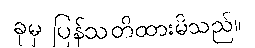
ခုမှ ပြန်သတိထားမိသည်။